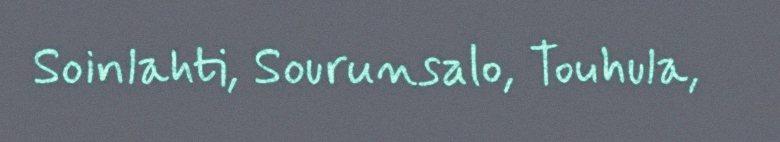
Soinlahti, Sourunsalo, Touhula,